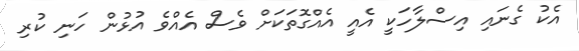
އެކު ގެނައި އިސްލާހަކީ އެއީ އެއްގޮތަކަށް ވެސް އެއްވެ އުޅުން ހަނި ކުރި